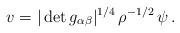
LaTeX: \begin{align*}v=|\det g_{\alpha\beta}|^{1/4}\,\rho^{-1/2}\,\psi\,.\end{align*}